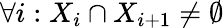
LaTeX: \forall i:X_{i}\cap X_{i+1}\neq\emptyset